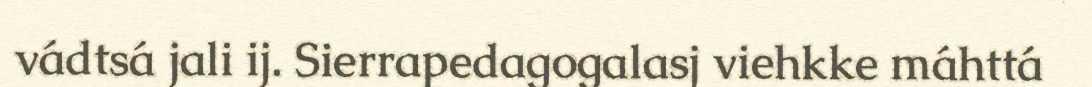
vádtsá jali ij. Sierrapedagogalasj viehkke máhttá